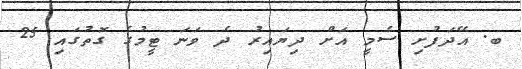
ބ. އޭދަފުށި ސެމީ އަށް ދިޔައިރު ދެ ވަނަ ޓީމުގެ ގޮތުގައި 25